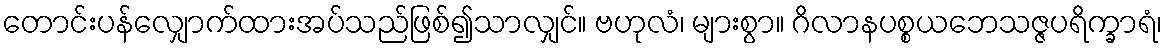
တောင်းပန်လျှောက်ထားအပ်သည်ဖြစ်၍သာလျှင်။ ဗဟုလံ၊ များစွာ။ ဂိလာနပစ္စယဘေသဇ္ဇပရိက္ခာရံ၊